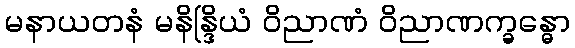
မနာယတနံ မနိန္ဒြိယံ ဝိညာဏံ ဝိညာဏက္ခန္ဓော